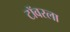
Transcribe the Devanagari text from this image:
टॉवरला